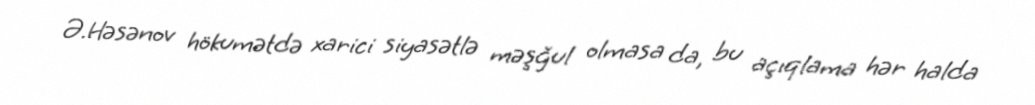
Ə.Həsənov hökumətdə xarici siyasətlə məşğul olmasa da, bu açıqlama hər halda